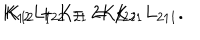
K _ { 1 2 } L _ { 1 2 2 } = 2 K _ { 2 2 } ; \hspace { 1 . 5 c m } K _ { 1 2 } + K _ { 2 1 } = K _ { 2 1 } L _ { 2 1 1 } .